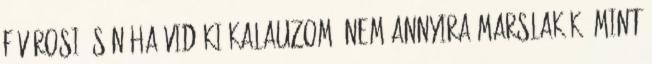
fővárosi és néha vidéki kalauzom, nem annyira marslakók, mint